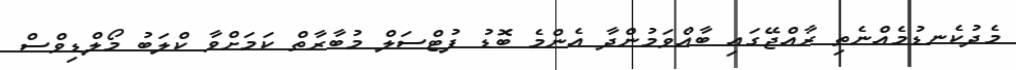
މެދުކެނޑުމެއްނެތި ރާއްޖޭގައި ބާއްވަމުންދާ އެންމެ ބޮޑު ފުޓްސަލް މުބާރާތް ކަމަށްވާ ކްލަބު މޯލްޑިވްސް